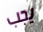
يجب